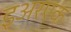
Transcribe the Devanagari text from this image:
इअरएक